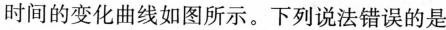
时间的变化曲线如图所示。下列说法错误的是